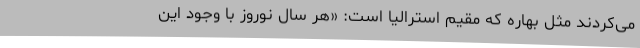
می‌کردند مثل بهاره که مقیم استرالیا است: «هر سال نوروز با وجود این